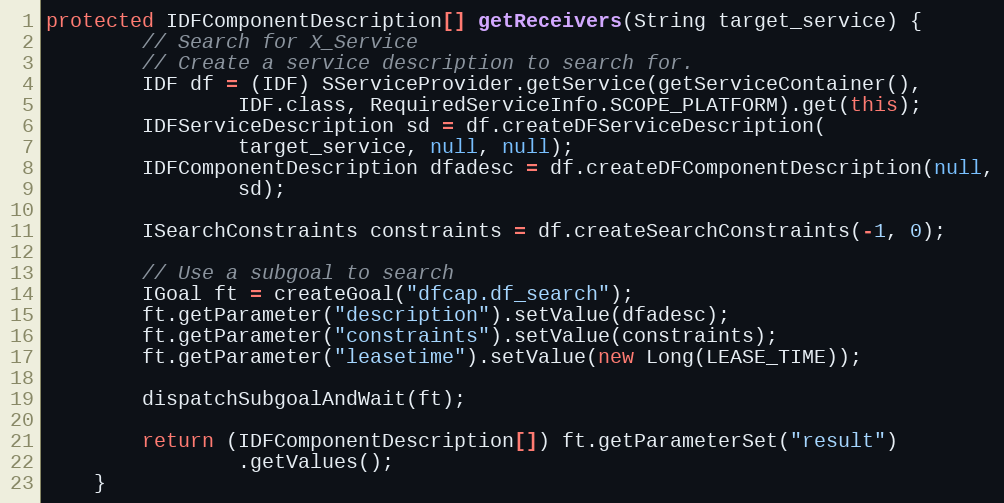
Language: Java
protected IDFComponentDescription[] getReceivers(String target_service) {
        // Search for X_Service
        // Create a service description to search for.
        IDF df = (IDF) SServiceProvider.getService(getServiceContainer(),
                IDF.class, RequiredServiceInfo.SCOPE_PLATFORM).get(this);
        IDFServiceDescription sd = df.createDFServiceDescription(
                target_service, null, null);
        IDFComponentDescription dfadesc = df.createDFComponentDescription(null,
                sd);

        ISearchConstraints constraints = df.createSearchConstraints(-1, 0);

        // Use a subgoal to search
        IGoal ft = createGoal("dfcap.df_search");
        ft.getParameter("description").setValue(dfadesc);
        ft.getParameter("constraints").setValue(constraints);
        ft.getParameter("leasetime").setValue(new Long(LEASE_TIME));

        dispatchSubgoalAndWait(ft);

        return (IDFComponentDescription[]) ft.getParameterSet("result")
                .getValues();
    }